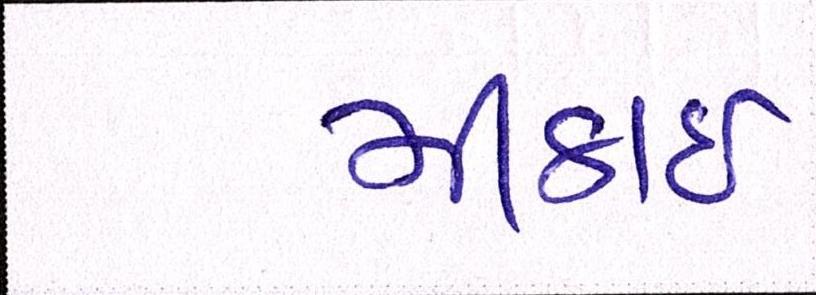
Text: મીઠાઈ